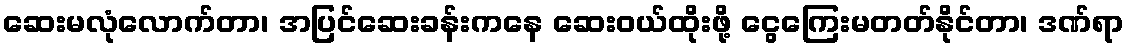
ဆေးမလုံလောက်တာ၊ အပြင်ဆေးခန်းကနေ ဆေးဝယ်ထိုးဖို့ ငွေကြေးမတတ်နိုင်တာ၊ ဒဏ်ရာ